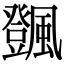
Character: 𩙄